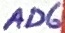
Text: AD6